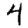
Digit: 4